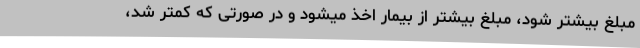
مبلغ بیشتر شود، مبلغ بیشتر از بیمار اخذ میشود و در صورتی که کمتر شد،